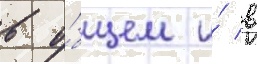
в о́бщем и́ в